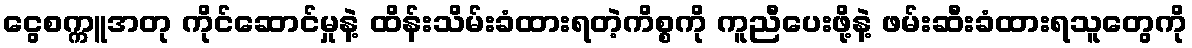
ငွေစက္ကူအတု ကိုင်ဆောင်မှုနဲ့ ထိန်းသိမ်းခံထားရတဲ့ကိစ္စကို ကူညီပေးဖို့နဲ့ ဖမ်းဆီးခံထားရသူတွေကို